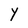
Character: Y